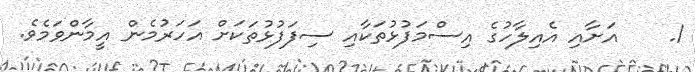
1.    އަށާއި އެއިލާހުގެ އިސްމަފުޅުތަކާއި ސިފަފުޅުތަކަށް އަހަރުމެން އީމާންވަމެވެ.